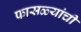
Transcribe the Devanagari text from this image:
फासळ्यांची